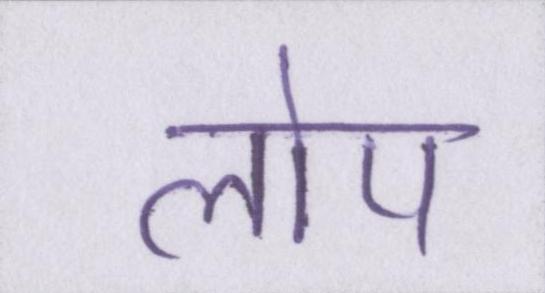
लोप